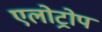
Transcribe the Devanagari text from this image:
एलोट्रोप